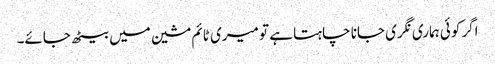
اگر کوئی ہماری نگری جانا چاہتا ہے تو میری ٹائم مشین میں بیٹھ جائے۔